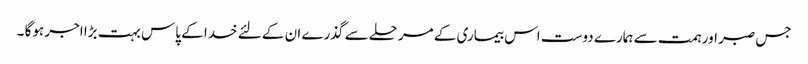
جس صبر اور ہمت سے ہمارے دوست اس بیماری کے مرحلے سے گذرے ان کے لئے خدا کے پاس بہت بڑا اجر ہوگا ۔